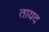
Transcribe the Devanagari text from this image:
तायद